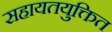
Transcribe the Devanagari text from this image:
सहायतयुक्तित